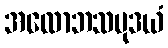
အလောဘသမုဒယံ